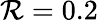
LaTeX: \mathcal{R}=0.2